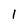
Character: 1